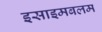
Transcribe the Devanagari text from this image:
इसाइमबलम